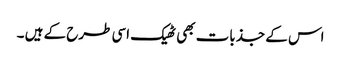
اس کے جذبات بھی ٹھیک اسی طرح کے ہیں ۔